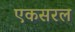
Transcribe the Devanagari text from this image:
एकसरल